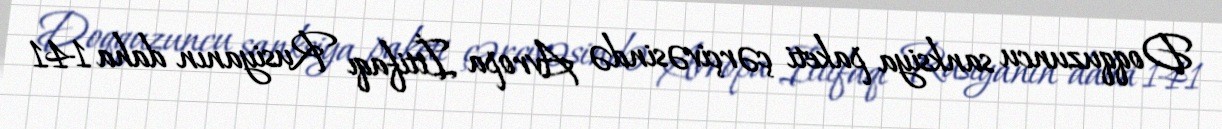
Doqquzuncu sanksiya paketi çərçivəsində Avropa İttifaqı Rusiyanın daha 141